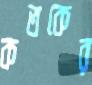
কতকের